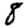
Digit: 8